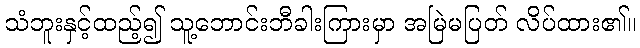
သံဘူးနှင့်ထည့်၍ သူ့ဘောင်းဘီခါးကြားမှာ အမြဲမပြတ် လိပ်ထား၏။